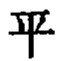
\text{平}